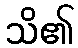
သိ၏